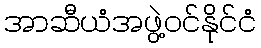
အာဆီယံအဖွဲ့ဝင်နိုင်ငံ